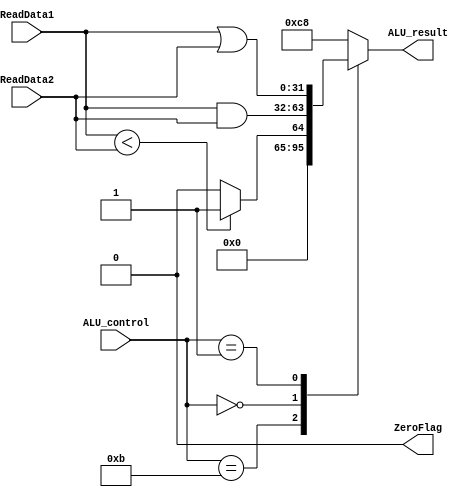
module ALU (ZeroFlag, ALU_result, ReadData1, ReadData2, ALU_control);
    output reg [31:0] ALU_result ;
    output reg ZeroFlag;
    input [31:0] ReadData1,ReadData2;
    input [3:0] ALU_control;

    always @(ReadData1, ReadData2, ALU_control)
        begin
          case(ALU_control)
          
            0110: ALU_result <= ReadData1 - ReadData2;
            0011: ALU_result <= (ReadData1 < ReadData2) ? 1:0;
            0101: ALU_result <= ReadData1 + ReadData2;
            0000: ALU_result <= ReadData1 & ReadData2;
            0001: ALU_result <= ReadData1 | ReadData2;
            
            default: ALU_result <=200;
          endcase
        end
    always @(ReadData1, ReadData2, ALU_control)
        begin
            if (ALU_control == 0110 && ReadData1 == ReadData2) ZeroFlag <= 1;
            else ZeroFlag <= 0;
        end

endmodule